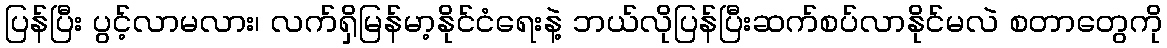
ပြန်ပြီး ပွင့်လာမလား၊ လက်ရှိမြန်မာ့နိုင်ငံရေးနဲ့ ဘယ်လိုပြန်ပြီးဆက်စပ်လာနိုင်မလဲ စတာတွေကို